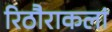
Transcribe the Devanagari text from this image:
रिठौराकलां